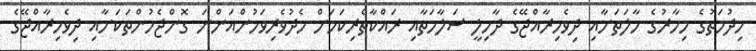
ހިދުމަތުގެ މިހާރުގެ ހާލަތަށާއި ދިވެހިރާއްޖޭގެ ދާހިލީ ސަލާމަތާއި ރައްކާތެރިކަމަށް މެދުވެރިވަމުންއަންނަ ގޮންޖެހުންތަކަށާއި ދިވެހިރާއްޖޭގެ